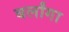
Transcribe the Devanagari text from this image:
बर्लांगा